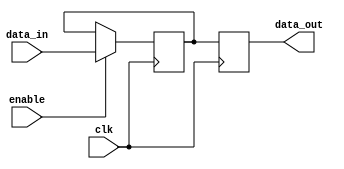
module transparent_latch (
    input wire clk,
    input wire enable,
    input wire data_in,
    output reg data_out
);

// Flip-flop for temporary storage
reg temp_data;

always @(posedge clk) begin
    if (enable) begin
        temp_data <= data_in;
    end
    data_out <= temp_data;
end

endmodule